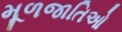
મૂળજાતિઓ